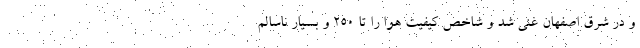
و در شرق اصفهان غنی شد و شاخص کیفیت هوا را تا ۲۵۰ و بسیار ناسالم